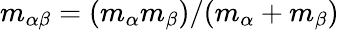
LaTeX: m_{\alpha\beta}=(m_{\alpha}m_{\beta})/(m_{\alpha}+m_{\beta})